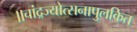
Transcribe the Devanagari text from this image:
॥चांद्रज्योत्सनापुलकित